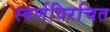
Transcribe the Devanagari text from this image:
स्वर्णविरचित